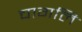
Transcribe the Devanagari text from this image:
चागलि